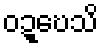
ဝဍ္ဎေသိ